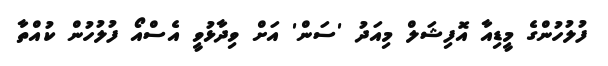
ފުލުހުންގެ މީޑިއާ އޮފިޝަލް މިއަދު 'ސަން' އަށް ވިދާޅުވީ އެސްއޯ ފުލުހުން ކުއްތާ